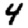
Digit: 4